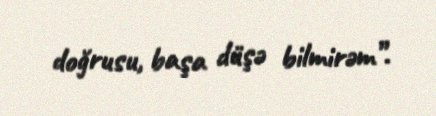
doğrusu, başa düşə bilmirəm”.